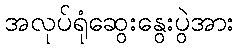
အလုပ်ရုံဆွေးနွေးပွဲအား